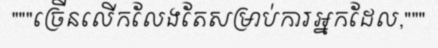
"""ច្រើនលើកលែងតែសម្រាប់ការអ្នកដែល,"""